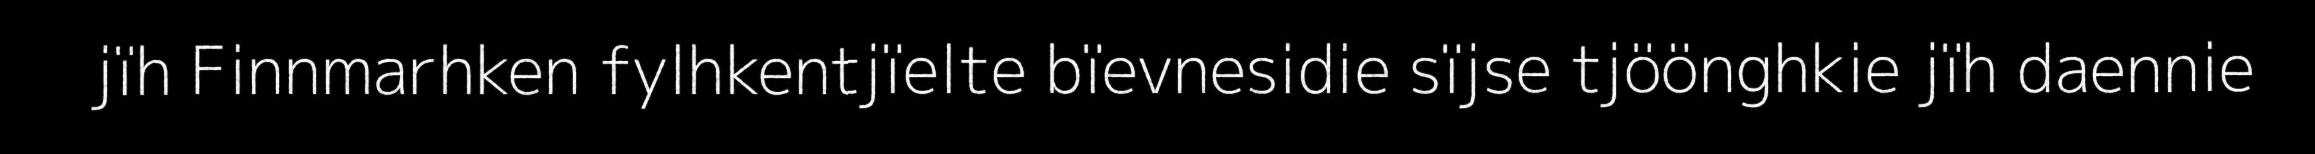
jïh Finnmarhken fylhkentjïelte bïevnesidie sïjse tjöönghkie jïh daennie